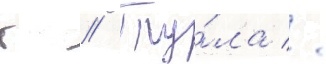
г // Ту́ла //